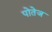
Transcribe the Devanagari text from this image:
पोतेज